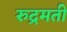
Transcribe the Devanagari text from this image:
रुद्रमती